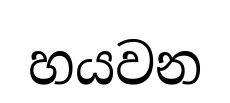
හයවන